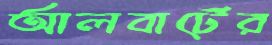
আলবার্টের